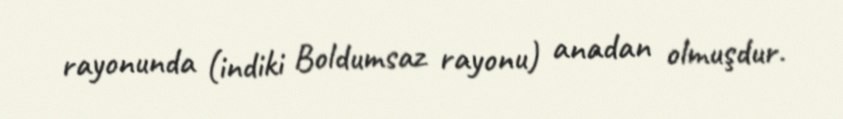
rayonunda (indiki Boldumsaz rayonu) anadan olmuşdur.